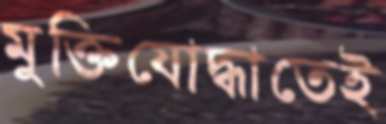
মুক্তিযোদ্ধাতেই